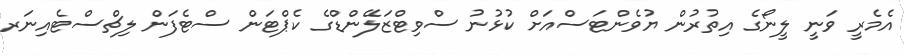
އެމެރީ ވަނީ ލީނޯގެ އިތުރުން ޔުވެންޓަސްއަށް ކުޅުނު ސްވިޓްޒަލޭންޑްގެ ކެޕްޓަން ސްޓެފަން ލިޗްސްޓެއިނަރ